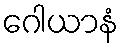
ဂေါယာနံ